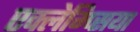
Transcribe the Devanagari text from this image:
एक्लेम्प्सिया